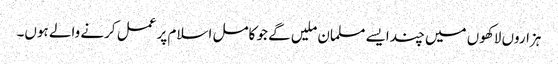
ہزاروں لاکھوں میں چند ایسے مسلمان ملیں گے جو کامل اسلام پر عمل کرنے والے ہوں۔